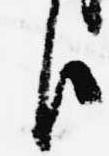
臣